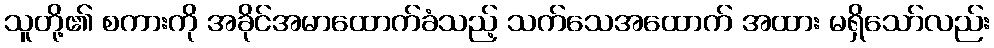
သူတို့၏ စကားကို အခိုင်အမာထောက်ခံသည့် သက်သေအထောက် အထား မရှိသော်လည်း